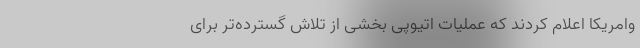
وامریکا اعلام کردند که عملیات اتیوپی بخشی از تلاش گسترده‌تر برای